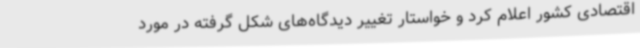
اقتصادی کشور اعلام کرد و خواستار تغییر دیدگاه‌های شکل گرفته در مورد